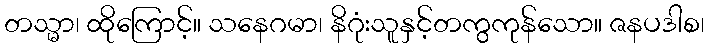
တသ္မာ၊ ထိုကြောင့်။ သနေဂမာ၊ နိဂုံးသူနှင့်တကွကုန်သော။ ဇနပဒါစ၊